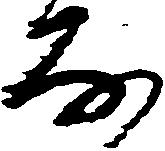
房